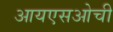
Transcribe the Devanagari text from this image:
आयएसओची